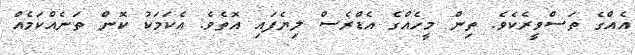
އެއްގެ ތަސްވީރެކެވެ. ތިން މީހެއްގެ އެޑްރެސް ލިޔެފައި އޮތެވެ. އެކަމަކު ކޮން ތަނެއްކަމެއް